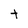
Character: t